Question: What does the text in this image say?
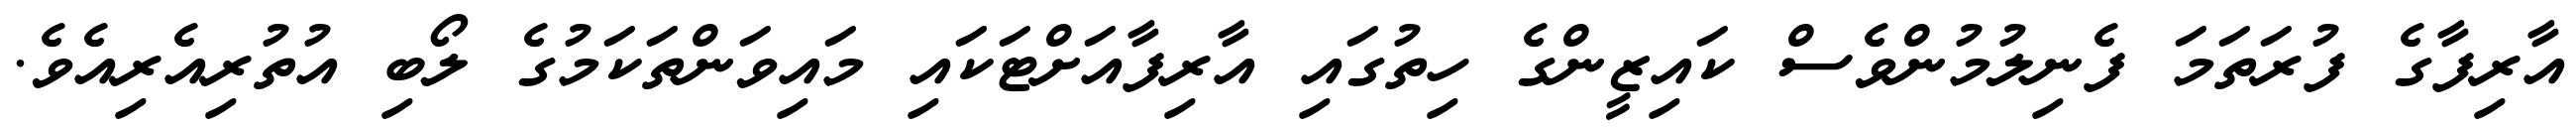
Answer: އާރިފާގެ ފުރަތަމަ ފެނިލުމުންވެސް ކައިޒީންގެ ހިތުގައި އާރިފާއަށްޓަކައި މައިވަންތަކަމުގެ ލޯބި އުތުރިއެރިއެވެ.